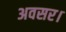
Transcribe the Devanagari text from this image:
अवसर।